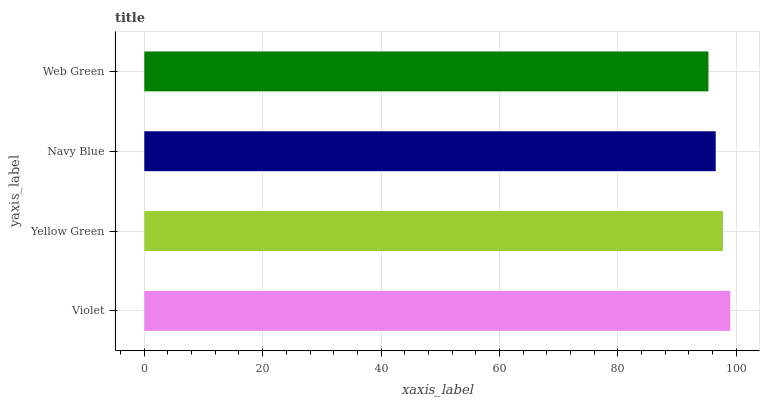
| yaxis_label | bars |
 | --- | --- |
 | Violet | 99 |
 | Yellow Green | 97.8 |
 | Navy Blue | 96.5 |
 | Web Green | 95.3 |